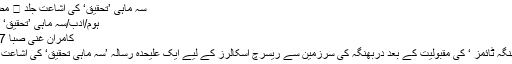
سہ ماہی ’تحقیق‘ کی اشاعت جلد ⋆ مضامین ڈاٹ کام
ہوم/ادب/سہ ماہی ’تحقیق‘ کی اشاعت جلد
کامران غنی صبا 01/02/2017
سہ ماہی ’دربھنگہ ٹائمز ‘ کی مقبولیت کے بعد دربھنگہ کی سرزمین سے ریسرچ اسکالرز کے لیے ایک علیحدہ رسالہ ’سہ ماہی تحقیق‘ کی اشاعت جلد متوقع ہے۔